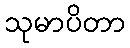
သုမာပိတာ